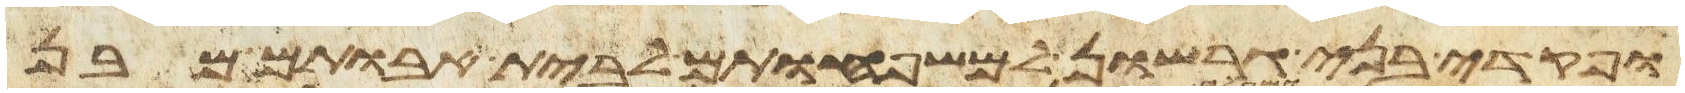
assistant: ופקדי בני גרשון למשפחותם לבית אבותם מבן